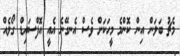
މެޗު ބަލަން އިން ކޮންމެ މީހަކަށް ވެސް އެނގޭނެ އެއީ އޮފްސައިޑް ގޯލެއް